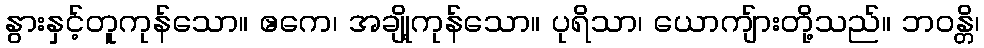
နွားနှင့်တူကုန်သော။ ဧကေ၊ အချို့ကုန်သော။ ပုရိသာ၊ ယောကျ်ားတို့သည်။ ဘဝန္တိ၊